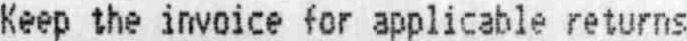
KEEP THE INVOICE FOR APPLICABLE RETURNS